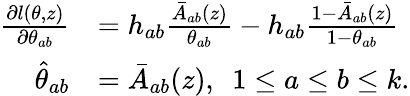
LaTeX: \begin{array}{rl}{\frac{\partial l(\theta,z)}{\partial\theta_{ab}}}&{=h_{ab}\frac{\bar{A}_{ab}(z)}{\theta_{ab}}-h_{ab}\frac{1-\bar{A}_{ab}(z)}{1-\theta_{ab}}}\\ {\widehat{\theta}_{ab}}&{=\bar{A}_{ab}(z),\ \ 1\leq a\leq b\leq k.}\end{array}